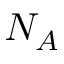
N _ { A }